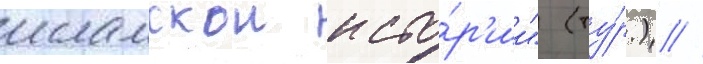
исламскои исто́р'ии" (ту́р.) //